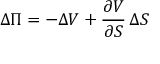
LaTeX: \Delta \Pi = - \Delta V + { \frac { \partial V } { \partial S } } \, \Delta S